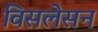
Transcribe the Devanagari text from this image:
विसलेसन